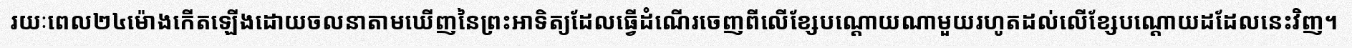
រយៈពេល២៤ម៉ោងកើតឡើងដោយចលនាតាមឃើញនៃព្រះអាទិត្យដែលធ្វើដំណើរចេញពីលើខ្សែបណ្តោយណាមួយរហូតដល់លើខ្សែបណ្តោយដដែលនេះវិញ។